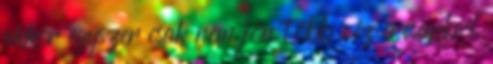
akkor egyszer csak nem jön több víz a csapból